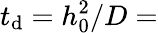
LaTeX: t_{\mathrm{d}}=h_{0}^{2}/D=